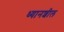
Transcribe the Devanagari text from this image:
ध्यानशील